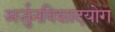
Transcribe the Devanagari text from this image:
अर्जुनविशादयोग